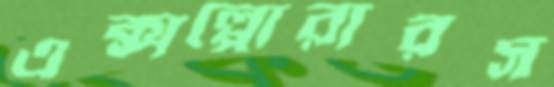
এক্সপ্লোরারস